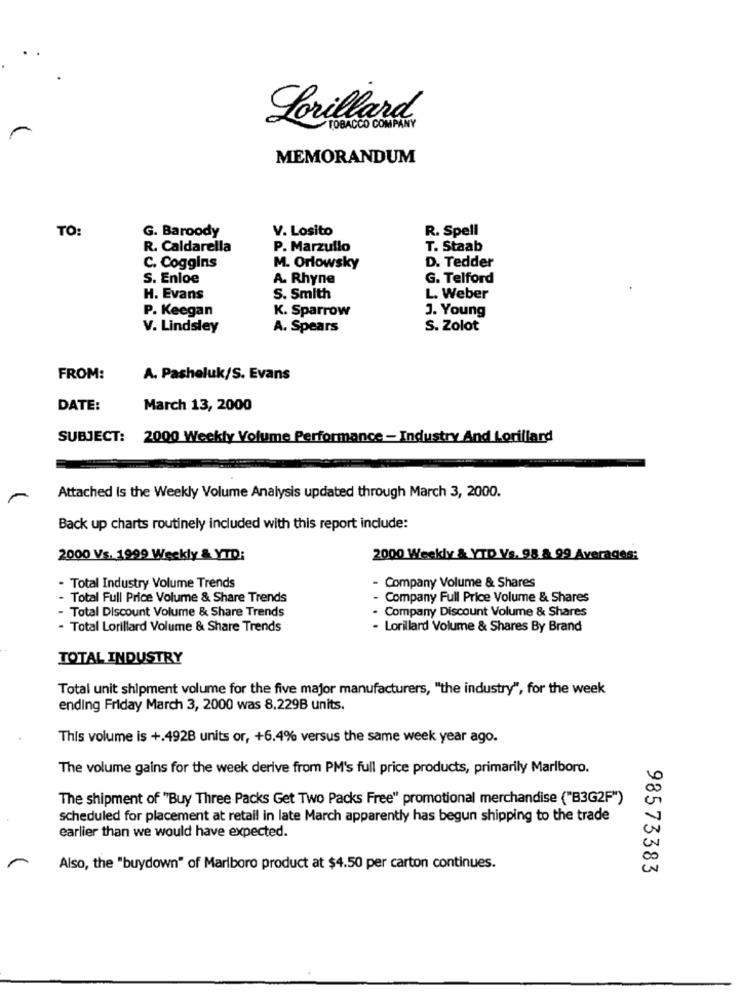
Lorillard
TOBACCO COMPANY
MEMORANDUM
TO:
G. Baroody
V. Losito
R. Spell
R. Caldarella
P. Marzullo
T. Staab
D. Tedder
C. Coggins
M. Orlowsky
S. Enloe
A. Rhyne
G. Telford
H. Evans
S. Smith
L. Weber
P. Keegan
K. Sparrow
J. Young
V. Lindsley
A. Spears
S. Zolot
FROM:
A. Pasheluk/S. Evans
DATE:
March 13, 2000
SUBJECT:
2000 Weekly Volume Performance - Industry And Lorillard
Attached Is the Weekly Volume Analysis updated through March 3, 2000.
Back up charts routinely included with this report include:
2000 Vs. 1999 Weekly & YTD:
2000 Weekly & YTD Vs. 98 & 99 Averages:
- Total Industry Volume Trends
- Company Volume & Shares
- Total Full Price Volume & Share Trends
- Company Full Price Volume & Shares
- Total Discount Volume & Share Trends
- Company Discount Volume & Shares
- Total Lorillard Volume & Share Trends
- Lorillard Volume & Shares By Brand
TOTAL INDUSTRY
Total unit shipment volume for the five major manufacturers, "the industry", for the week
ending Friday March 3, 2000 was 8.229B units.
This volume is +.4928 units or, +6.4% versus the same week year ago.
The volume gains for the week derive from PM's full price products, primarily Marlboro.
The shipment of "Buy Three Packs Get Two Packs Free" promotional merchandise ("B3G2F")
scheduled for placement at retail in late March apparently has begun shipping to the trade
earlier than we would have expected.
Also, the "buydown" of Marlboro product at $4.50 per carton continues.
98573383